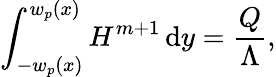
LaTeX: \int_{-w_{p}(x)}^{w_{p}(x)}H^{m+1}\, \mathrm{d}y=\frac{Q}{\Lambda},